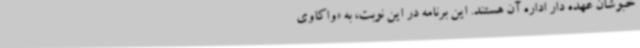
خبوشان عهده دار اداره آن هستند. این برنامه در این نوبت، به «واکاوی